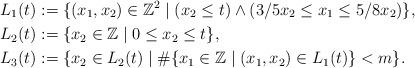
LaTeX: \begin{align*}L_1(t) &:= \{(x_1, x_2) \in \mathbb{Z}^2 \mid (x_2 \le t) \wedge (3/5 x_2 \le x_1 \le 5/8 x_2)\}, \\L_2(t) &:= \{x_2 \in \mathbb{Z} \mid 0 \le x_2 \le t\}, \\L_3(t) &:= \{x_2 \in L_2(t) \mid \# \{x_1 \in \mathbb{Z} \mid (x_1, x_2) \in L_1(t)\} < m\}.\end{align*}